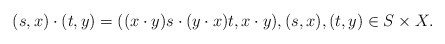
\begin{align*}(s,x)\cdot (t,y)=((x\cdot y)s\cdot (y\cdot x)t,x\cdot y),(s,x),(t,y)\in S\times X.\end{align*}